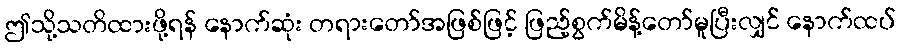
ဤသို့သတိထားဖို့ရန် နောက်ဆုံး တရားတော်အဖြစ်ဖြင့် ဖြည့်စွက်မိန့်တော်မူပြီးလျှင် နောက်ထပ်